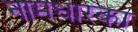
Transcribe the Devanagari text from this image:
नामधारका